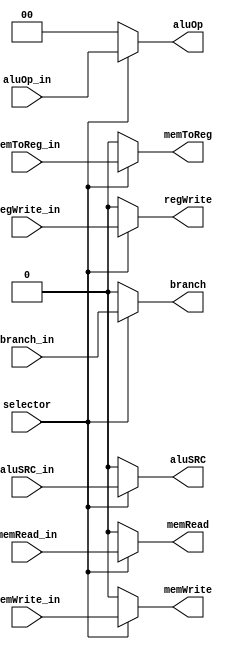
module mux2x1_control(input branch_in,
					input memRead_in,
					input memToReg_in,
					input memWrite_in,
					input [1:0] aluOp_in,
					input aluSRC_in,
					input regWrite_in,
                    input selector,
                    
                    output branch,
					output memRead,
					output memToReg,
					output [1:0] aluOp,
					output memWrite,
					output aluSRC,
					output regWrite
);


assign branch = selector ? branch_in : 0;
assign memRead = selector ? memRead_in : 0;
assign memToReg = selector ? memToReg_in : 0;
assign aluOp = selector ? aluOp_in : 0;
assign memWrite = selector ? memWrite_in : 0;
assign aluSRC = selector ? aluSRC_in : 0;
assign regWrite = selector ? regWrite_in : 0;

endmodule